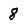
Character: 8